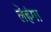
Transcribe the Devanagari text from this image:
लेहंगा